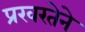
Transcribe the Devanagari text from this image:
प्रखरतेने